Civil Veterinary Department Bengal reports 1923-33 - 1923-1933
Year: 1923
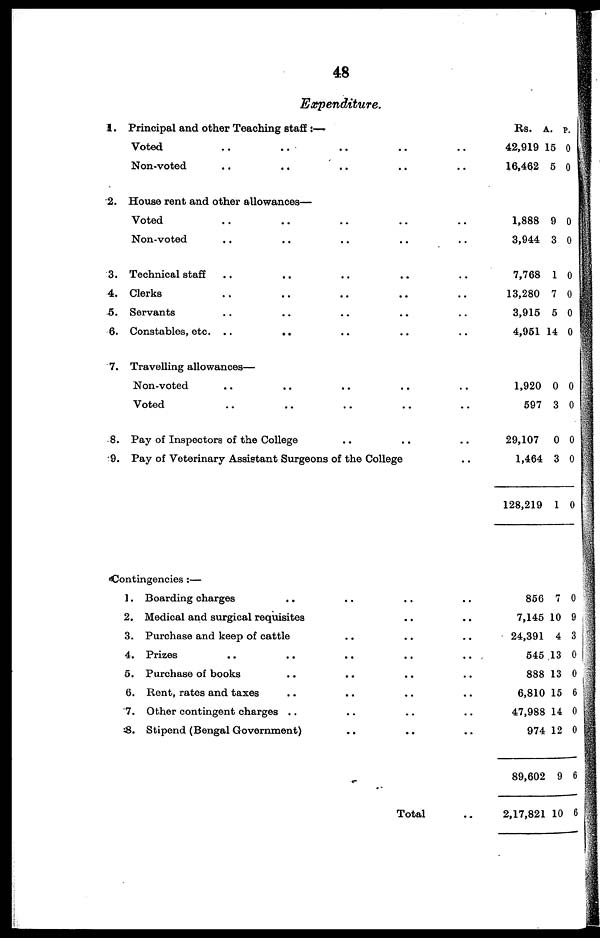
48
Expenditure.
1. Principal and other Teaching staff :—
Voted .. .. ..
Non-voted .. .. ..
2. House rent and other allowances—
Voted .. .. ..
Non-voted .. .. ..
3. Technical staff .. .. ..
4. Clerks .. .. ..
5. Servants .. .. ..
6. Constables, etc. .. .. ..
7. Travelling allowances—
Non-voted .. .. ..
Voted .. .. ..
8. Pay of Inspectors of the College ..
..
..
..
..
..
..
..
..
..
..
..
9. Pay of Veterinary Assistant Surgeons of the College
Contingencies :—
1. Boarding charges
..
..
2. Medical and surgical requisites
3. Purchase and keep of cattle ..
4. Prizes .. .. ..
5. Purchase of books .. ..
6. Rent, rates and taxes .. ..
7. Other contingent charges .. ..
8. Stipend (Bengal Government) ..
..
..
..
..
..
..
..
..
Total
..
..
..
..
..
..
..
..
..
..
..
..
..
..
..
..
..
..
..
..
Rs. A. p.
42,919 15 0
16,462 5 0
1,888 9 0
3,944 3 0
7,768 1 0
13,280 7 0
3,915 5 0
4,951 14 0
1,920 0 0
597 3 0
29,107 0 0
1,464 3 0
128,219 1 0
856 7 0
7,145 10 9
24,391 4 3
545 13 0
888 13 0
6,810 15 6
47,988 14 0
974 12 0
89,602 9 6
2,17,821 10 6